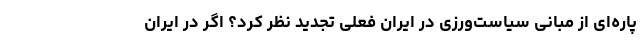
پاره‌ای از مبانی سیاست‌ورزی در ایران فعلی تجدید نظر کرد؟ اگر در ایران